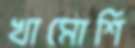
খামোশি